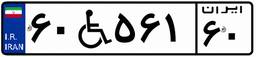
۶۰W۵۶۱۶۰